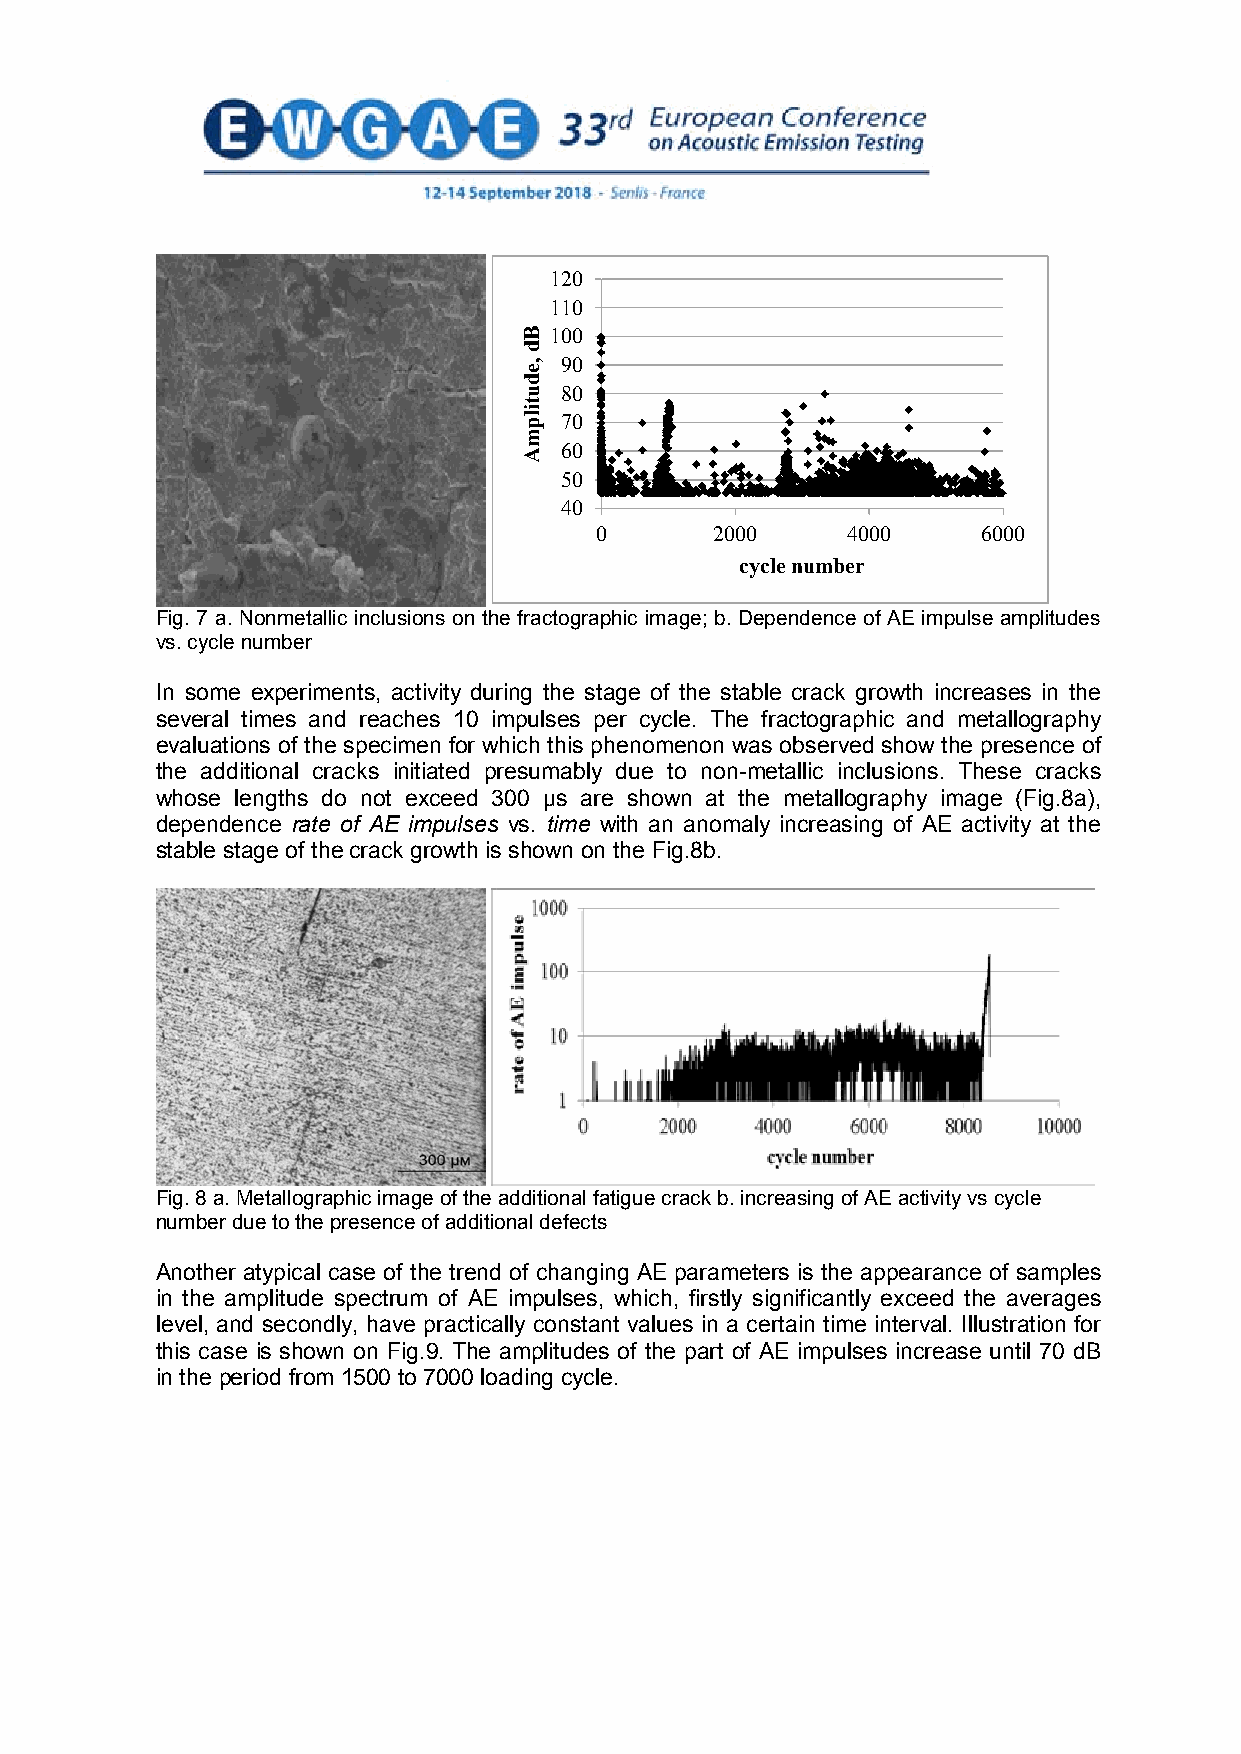
120
 110
 100
 90
 80
 70
 60
 50
 40
 0       2000     4000     6000
 cycle number
 Fig. 7 a. Nonmetallic inclusions on the fractographic image; b. Dependence of AE impulse amplitudes
 vs. cycle number
 In some experiments, activity during the stage of the stable crack growth increases in the
 several times and reaches 10 impulses per cycle. The fractographic and metallography
 evaluations of the specimen for which this phenomenon was observed show the presence of
 the additional cracks initiated presumably due to non-metallic inclusions. These cracks
 whose lengths do not exceed 300 µs are shown at the metallography image (Fig.8a),
 dependence rate of AE impulses vs. time with an anomaly increasing of AE activity at the
 stable stage of the crack growth is shown on the Fig.8b.
 Fig. 8 a. Metallographic image of the additional fatigue crack b. increasing of AE activity vs cycle
 number due to the presence of additional defects
 Another atypical case of the trend of changing AE parameters is the appearance of samples
 in the amplitude spectrum of AE impulses, which, firstly significantly exceed the averages
 level, and secondly, have practically constant values in a certain time interval. Illustration for
 this case is shown on Fig.9. The amplitudes of the part of AE impulses increase until 70 dB
 in the period from 1500 to 7000 loading cycle.
 7
 Bd
 ,edutilpmA